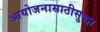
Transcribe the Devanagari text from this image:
आयोजनासाठीसुद्धा